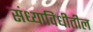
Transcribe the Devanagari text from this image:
संध्याविधीतील